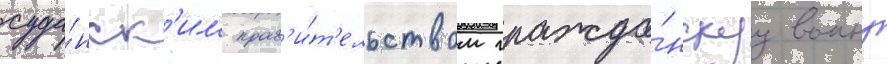
суда́нск'им прав'и́т'ельством гражда́нскуу воину